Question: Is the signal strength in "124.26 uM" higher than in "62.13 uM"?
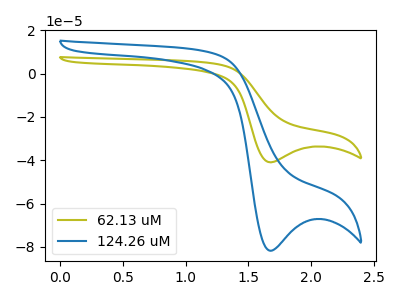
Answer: <think>The olive curve "62.13 uM" has a cathodic peak at: (1.70V, -40.95uA). The blue curve "124.26 uM" has a cathodic peak at: (1.70V, -81.75uA).
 All the peaks in "124.26 uM" have a peak in "62.13 uM" at the same potential. Every peak in "124.26 uM" is higher than every peak in "62.13 uM".</think>
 <answer>"124.26 uM" has more signal than "62.13 uM".</answer>
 <eval>more_signal</eval>